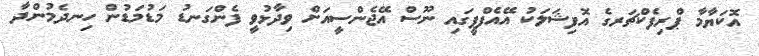
އޮކަޔާމާ ޕްރިފެކްޗަރގެ އޮފިޝަލަކު އޭއެފްޕީގައި ނޫސް އޭޖެންސީއަށް ވިދާޅުވީ ފެންގަނޑު މަޑުމަޑުން ހިނދެމުންދާ